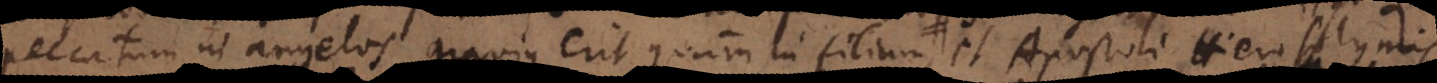
eccatum in angelos gravius erit quam in filium, et Apostoli Hierosolymis